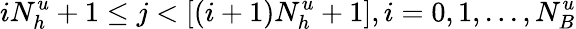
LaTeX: iN_{h}^{u}+1\le j<[(i+1)N_{h}^{u}+1],i=0,1,...,N_{B}^{u}